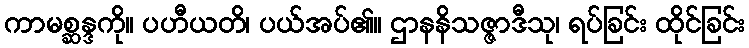
ကာမစ္ဆန္ဒကို။ ပဟီယတိ၊ ပယ်အပ်၏။ ဌာနနိသဇ္ဇာဒီသု၊ ရပ်ခြင်း ထိုင်ခြင်း